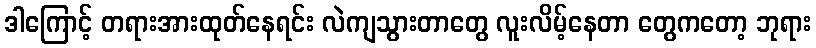
ဒါကြောင့် တရားအားထုတ်နေရင်း လဲကျသွားတာတွေ လူးလိမ့်နေတာ တွေကတော့ ဘုရား